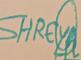
Signature authenticity: genuine